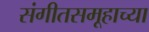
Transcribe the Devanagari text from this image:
संगीतसमूहाच्या